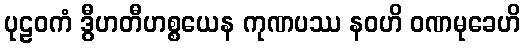
ပုဠဝကံ ဒွီဟတီဟစ္စယေန ကုဏပဿ နဝဟိ ဝဏမုခေဟိ